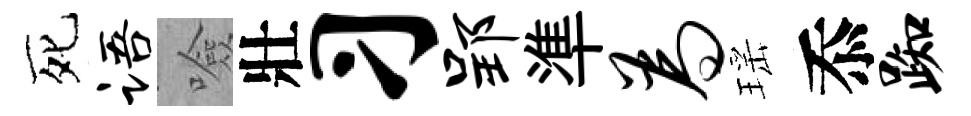
死语噞壯习郢準为瑶忝踟